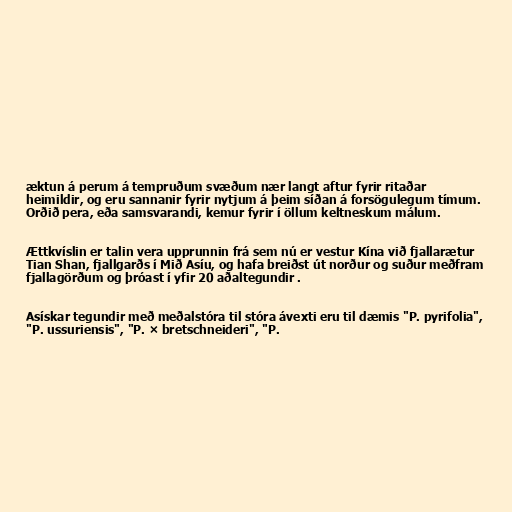
æktun á perum á tempruðum svæðum nær langt aftur fyrir ritaðar
heimildir, og eru sannanir fyrir nytjum á þeim síðan á forsögulegum tímum.
Orðið pera, eða samsvarandi, kemur fyrir í öllum keltneskum málum.

Ættkvíslin er talin vera upprunnin frá sem nú er vestur Kína við fjallarætur
Tian Shan, fjallgarðs í Mið Asíu, og hafa breiðst út norður og suður meðfram
fjallagörðum og þróast í yfir 20 aðaltegundir .

Asískar tegundir með meðalstóra til stóra ávexti eru til dæmis "P. pyrifolia",
"P. ussuriensis", "P. × bretschneideri", "P.